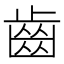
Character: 齒